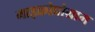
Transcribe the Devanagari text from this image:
माइक्रोप्रोग्राम